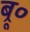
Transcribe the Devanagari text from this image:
ब्रू०